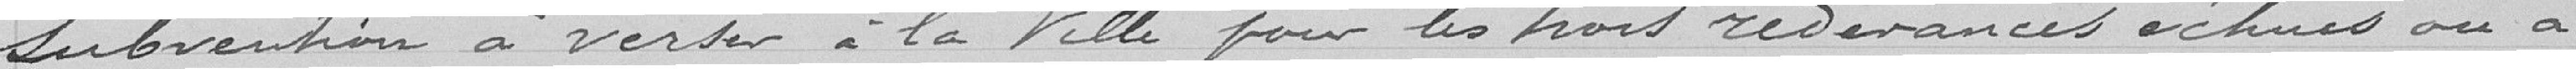
subvention à verser à la Ville pour les trois redevances échues ou à